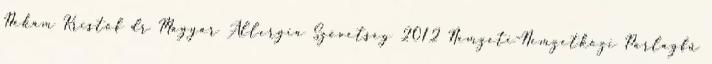
Nékám Kristóf dr Magyar Allergia Szövetség 2012 Nemzeti-Nemzetközi Parlagfű